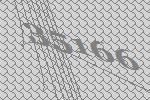
35166